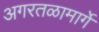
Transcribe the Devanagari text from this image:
अगरतळामार्गे